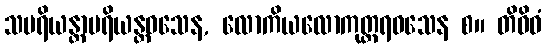
သပရိယန္တာပရိယန္တဝသေန, လောကိယလောကုတ္တရဝသေန စ။ တိဝိဓံ